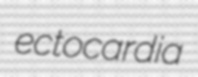
ectocardia